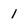
Character: 1